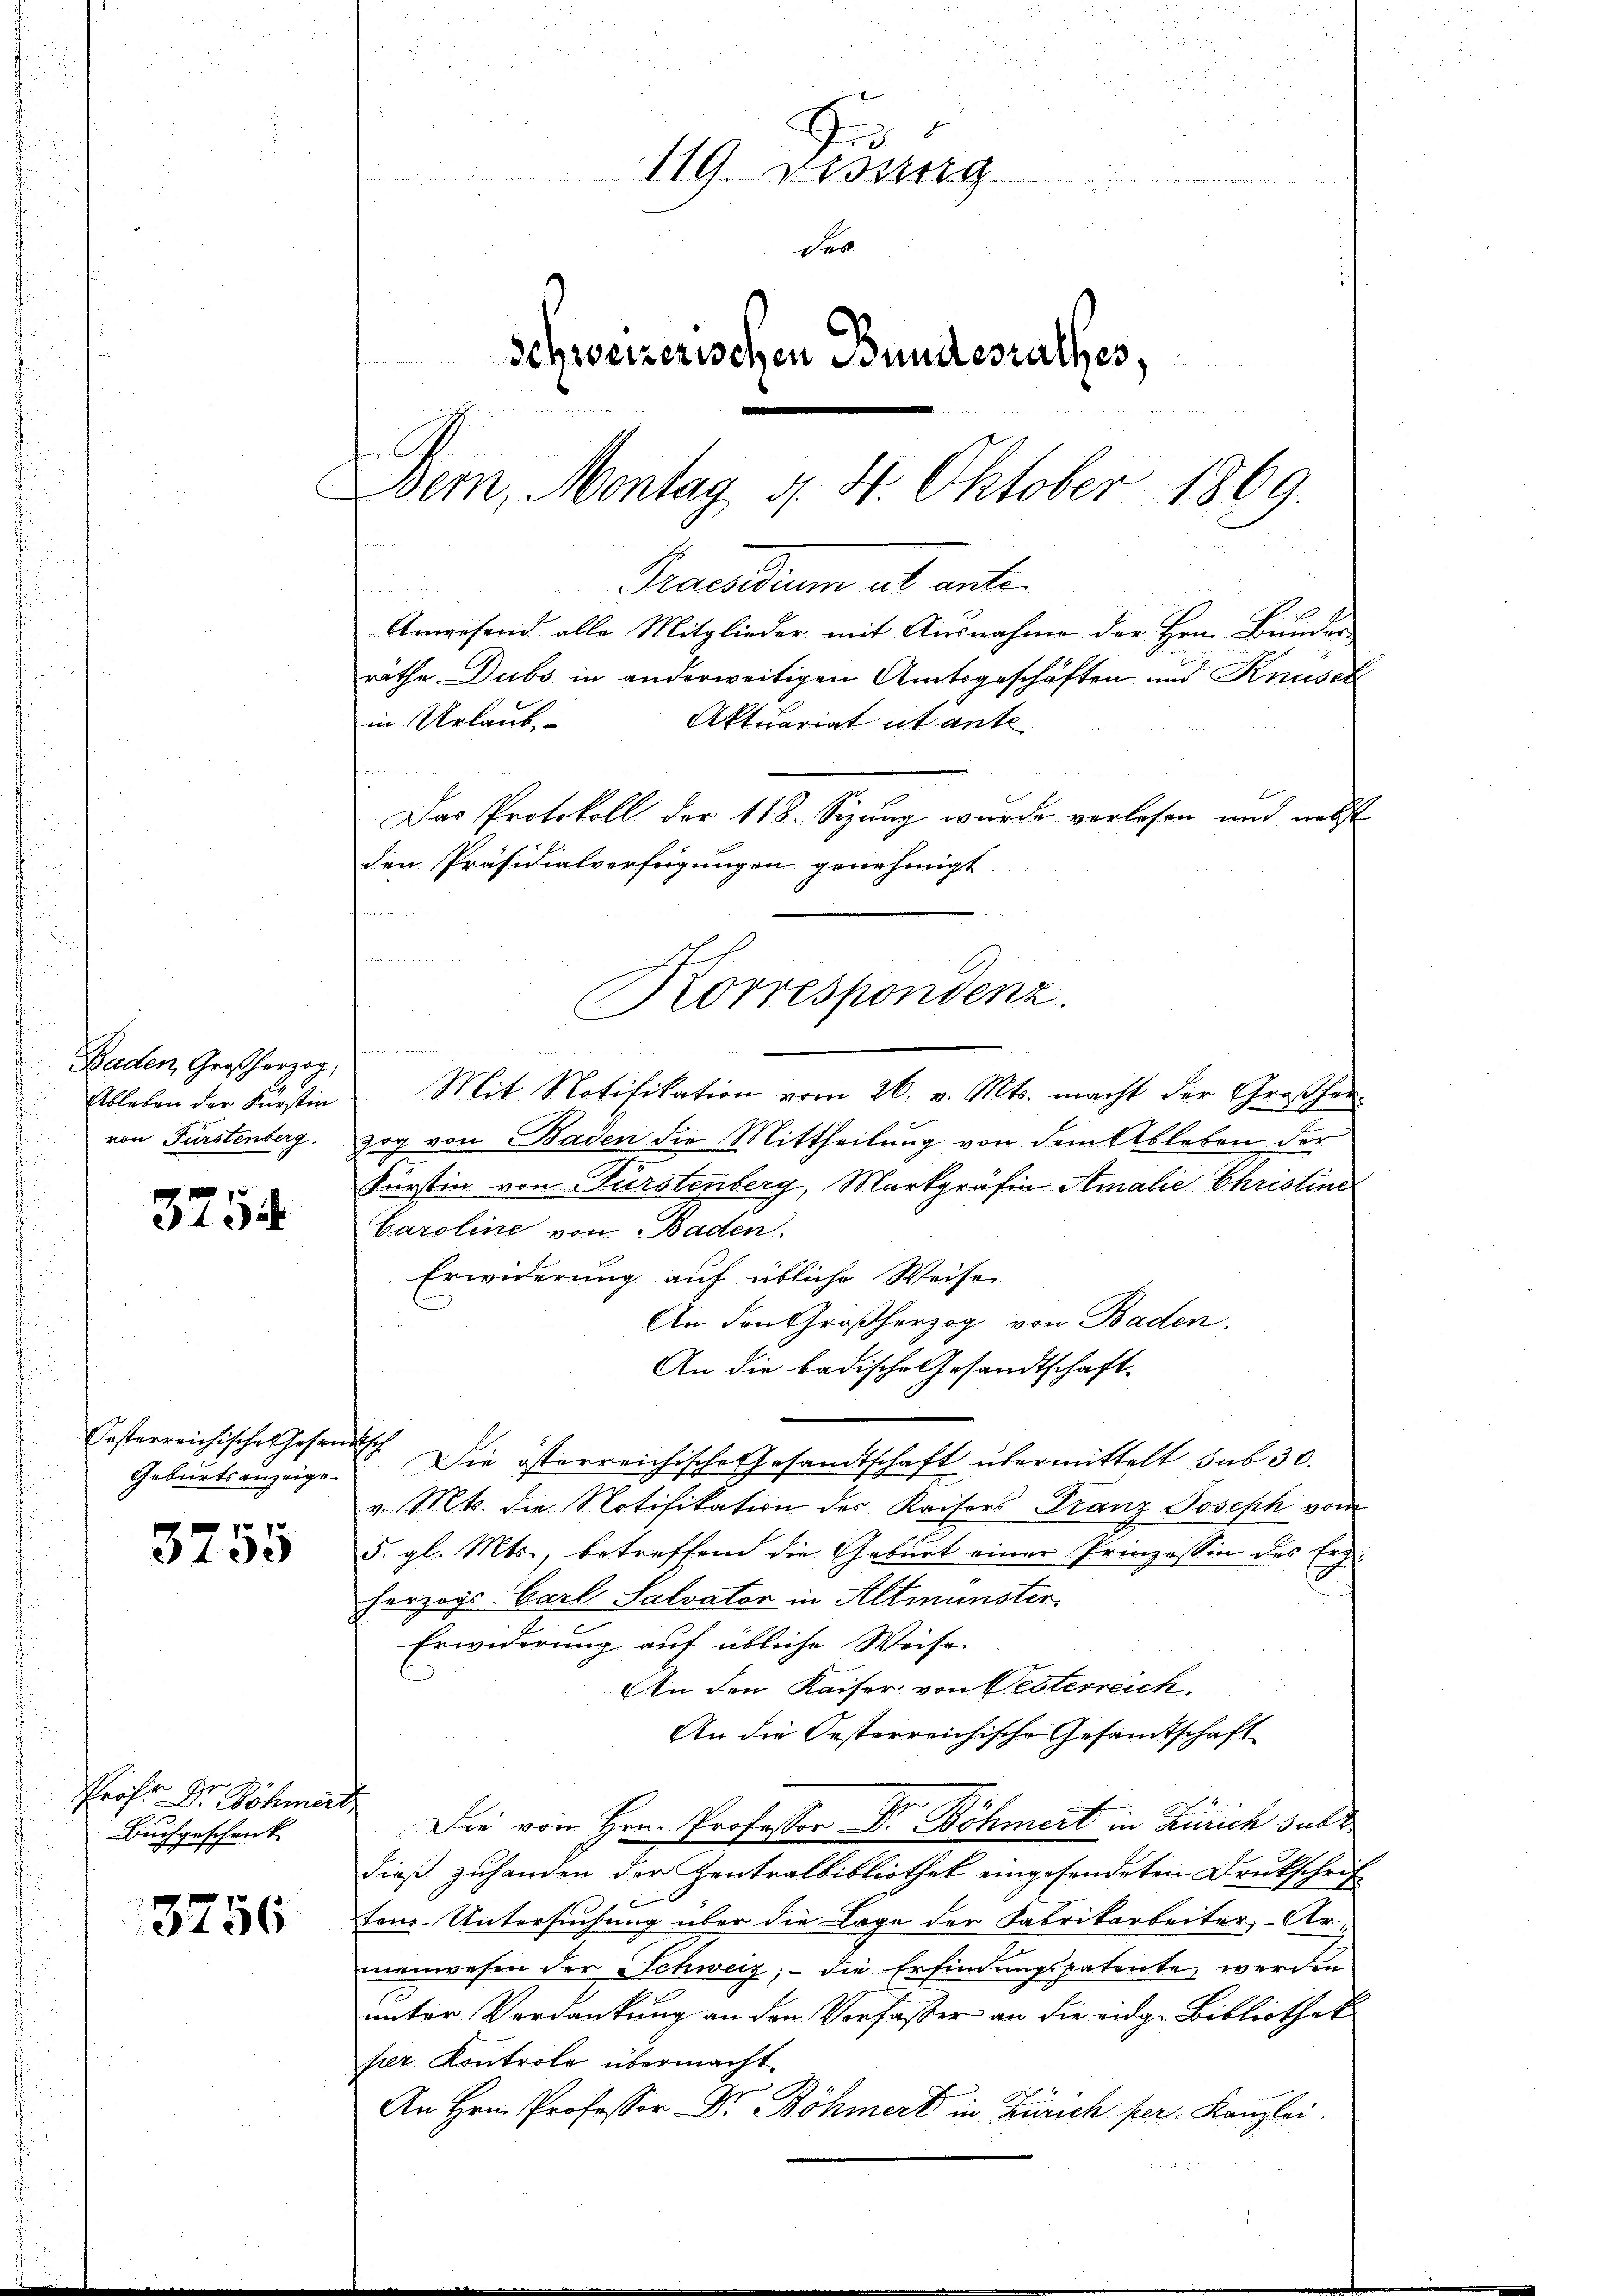
Baden, Großherzog,
Ableben der Fürstin
von Fürstenberg.

3754

Festerreichisches Gesandtsch
Geburtsanzeigen

3755

Prof. Dr. Schmerte
1
Buchgeschenk

3756

Ge
119. Lesung
des
Schweizerischen Bundesrathes,
Dem, Montag d. 4. Oktober 1869.

Praesidium et ante
Anwesend alle Mitglieder mit Ausnahme der Hrn. Bunden
d Herrn
Mit Notifikation vom 26. v. Mts. macht der Großherzog von Baden die Mittheilung von dem Ableben der
Fürstin von Fürstenberg, Markgrafin Amalie Christini
Caroline von Baden.
Erwiderung auf übliche Weise
An den Großherzog von Baden,
An die badische Gesandtschaft-
Die österreichische Gesandtschaft übermittelt sub 30.
v. Mts. die Notifikation des Kaisers Franz Joseph vom
5. gl. Mts., betreffend die Geburt einer Prinzessin des Erzi
herzogs Carl Salvator in Altmünster
Erwiderung auf übliche Weise
An den Kaiser von Westerreich.
An die Oesterreichische Gesandtschaft
Die von Hrn. Professor Dr. Böhmert in Zürich sub d
dieß zuhanden der Zentralbibliothek eingesendeten Druckschrif
ten. Untersuchung über die Lage der Fabrikarbeiter, Ar-
menwesen der Schweiz, - die Erfindungspatente, werden
unter Verdankung an den Verfasser an die eidg. Bibliothek
per Kontrole übermacht
An Hrn. Professor Dr. Böhmert in Zürich per Kanzlei.

rathe Dubs in anderweitigen Amtsgeschäften und Knüsel
in Urlaub-
Aktuariat it ante
Das Protokoll der 118. Sizung wurde verlesen und nebst
den Präsidialverfügungen genehmigt.
u
Korrespondenz.